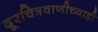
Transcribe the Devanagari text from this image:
दूरचित्रवाणीच्याही